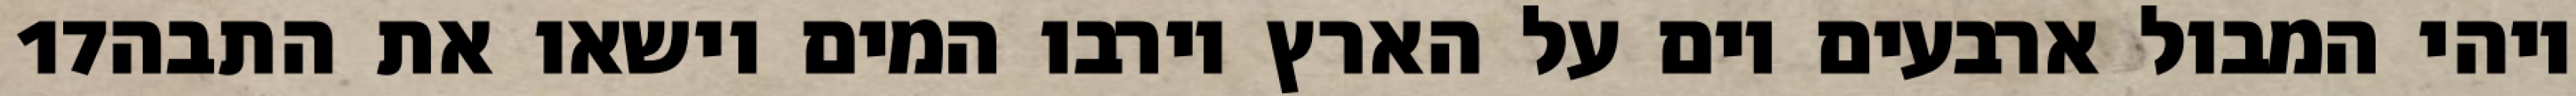
‎17‏ ויהי המבול ארבעים יום על הארץ וירבו המים וישאו את התבה